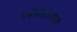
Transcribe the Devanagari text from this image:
एबीसीटीसीएल